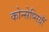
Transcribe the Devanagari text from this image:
कोन्सेप्सियॉँ